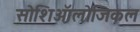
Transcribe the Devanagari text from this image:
सोशिऑलोजिकल